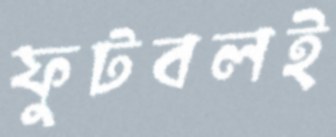
ফুটবলই